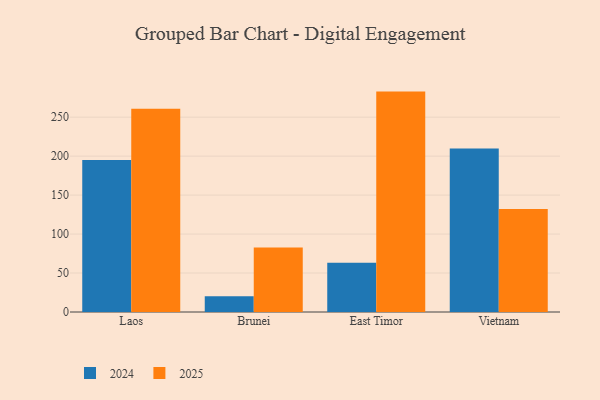
{"axis": {"x": "Country", "y": "Humidity (%)"}, "legend": ["2024", "2025"], "data": [{"x": "Laos", "y": 194.9, "type": "2024"}, {"x": "Laos", "y": 260.8, "type": "2025"}, {"x": "Brunei", "y": 20.3, "type": "2024"}, {"x": "Brunei", "y": 82.8, "type": "2025"}, {"x": "East Timor", "y": 63.3, "type": "2024"}, {"x": "East Timor", "y": 282.8, "type": "2025"}, {"x": "Vietnam", "y": 209.7, "type": "2024"}, {"x": "Vietnam", "y": 132.2, "type": "2025"}]}